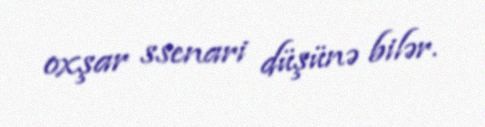
oxşar ssenari düşünə bilər.